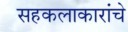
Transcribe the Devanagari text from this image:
सहकलाकारांचे